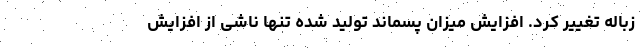
زباله تغییر کرد. افزایش میزان پسماند تولید شده تنها ناشی از افزایش